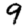
Digit: 9